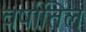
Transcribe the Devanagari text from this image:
वर्षातिल